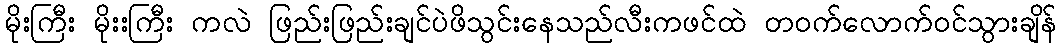
မိုးကြီး မိုးးကြီး ကလဲ ဖြည်းဖြည်းချင်ပဲဖိသွင်းနေသည်လီးကဖင်ထဲ တဝက်လောက်ဝင်သွားချိန်